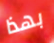
بهذا